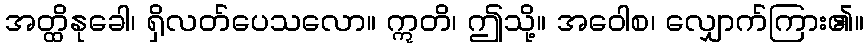
အတ္ထိနုခေါ၊ ရှိလတ်ပေသလော။ ဣတိ၊ ဤသို့။ အဝေါစ၊ လျှောက်ကြား၏။